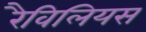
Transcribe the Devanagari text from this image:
रैविलियस